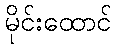
မိုင်းထောင်